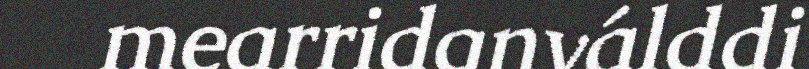
mearridanválddi